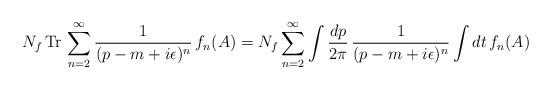
LaTeX: \begin{align*}N_f\,{\rm Tr}\,\sum_{n=2}^\infty\frac{1}{(p-m+i\epsilon)^n}\,f_n(A)=N_f\sum_{n=2}^\infty\int\frac{dp}{2\pi}\,\frac{1}{(p-m+i\epsilon)^n}\int dt\,f_n(A)\end{align*}